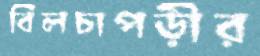
বিলচাপড়ীর